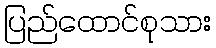
ပြည်ထောင်စုသား